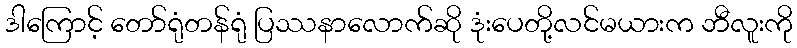
ဒါကြောင့် တော်ရုံတန်ရုံ ပြဿနာလောက်ဆို ဒုံးပေတို့လင်မယားက ဘီလူးကို